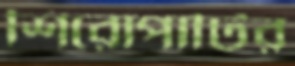
শিরোপাটির